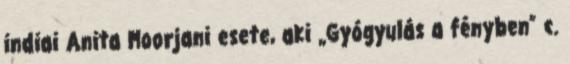
indiai Anita Moorjani esete, aki „Gyógyulás a fényben” c.